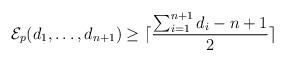
LaTeX: \begin{align*}\mathcal{E}_p(d_1, \ldots, d_{n+1}) \ge \lceil \frac{\sum_{i=1}^{n+1} d_i - n +1}{2} \rceil\end{align*}